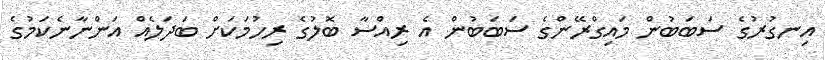
އިނގުރުގެ ސަބަބުން މައިގްރޭންގެ ސަަބަބުން އެ ރިއްސާ ބޮލުގެ ރިހުމަަކަށް ބަދަލެއް އަންނާނެކަމުގެ